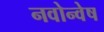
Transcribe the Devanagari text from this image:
नवोन्वेष